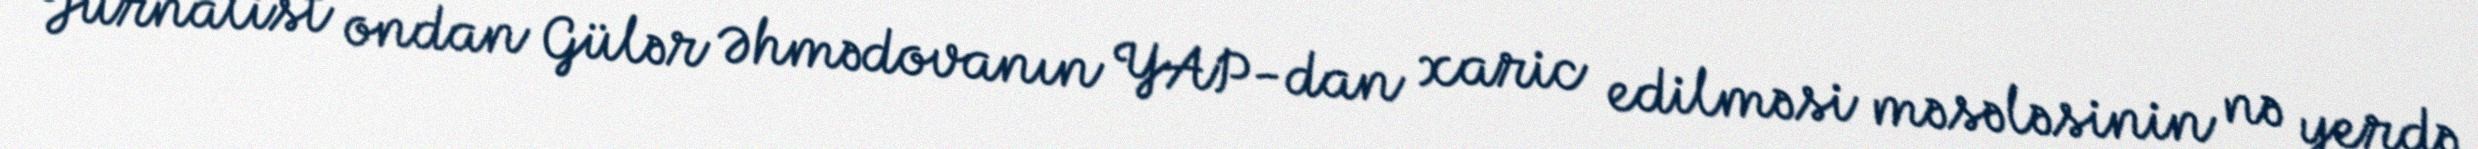
Jurnalist ondan Gülər Əhmədovanın YAP-dan xaric edilməsi məsələsinin nə yerdə